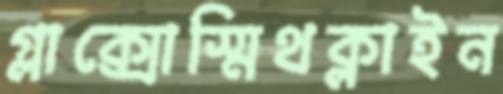
গ্লাক্সোস্মিথক্লাইন